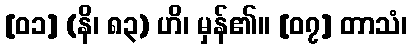
[၀၁] (နိ၊ ၈၃) ဟိ၊ မှန်၏။ [၀၇] တာသံ၊